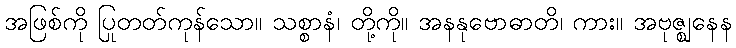
အဖြစ်ကို ပြုတတ်ကုန်သော။ သစ္စာနံ၊ တို့ကို။ အနနုဗောဓာတိ၊ ကား။ အဗုဇ္ဈနေန